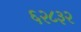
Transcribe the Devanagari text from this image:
६२८३२